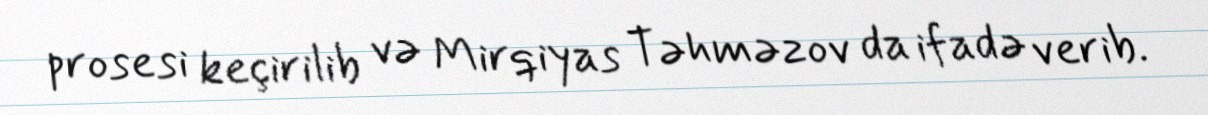
prosesi keçirilib və Mirqiyas Təhməzov da ifadə verib.